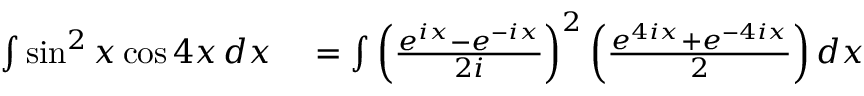
\begin{array} { r l } { \int \sin ^ { 2 } x \cos 4 x \, d x } & { { } = \int \left( { \frac { e ^ { i x } - e ^ { - i x } } { 2 i } } \right) ^ { 2 } \left( { \frac { e ^ { 4 i x } + e ^ { - 4 i x } } { 2 } } \right) d x } \end{array}